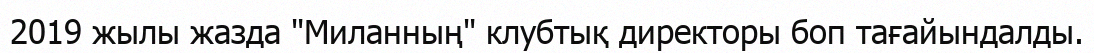
2019 жылы жазда "Миланның" клубтық директоры боп тағайындалды.